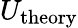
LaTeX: U_{\mathrm{theory}}